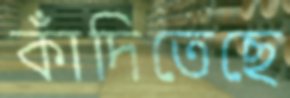
কাঁদিতেছে